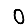
Digit: 0